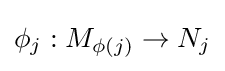
\phi _{j}:M_{\phi (j)}\to N_{j}